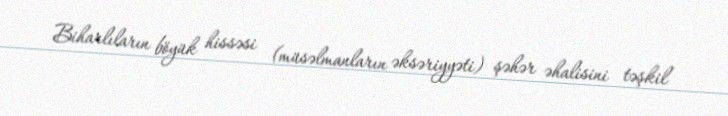
Biharlıların böyük hissəsi (müsəlmanların əksəriyyəti) şəhər əhalisini təşkil